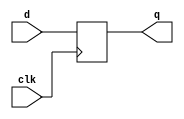
// https://hdlbits.01xz.net/wiki/Dff

module top_module (
    input clk,    // Clocks are used in sequential circuits
    input d,
    output reg q );//

    // Use a clocked always block
    //   copy d to q at every positive edge of clk
    //   Clocked always blocks should use non-blocking assignments
    always @(posedge clk ) begin
        q <= d;
    end

endmodule